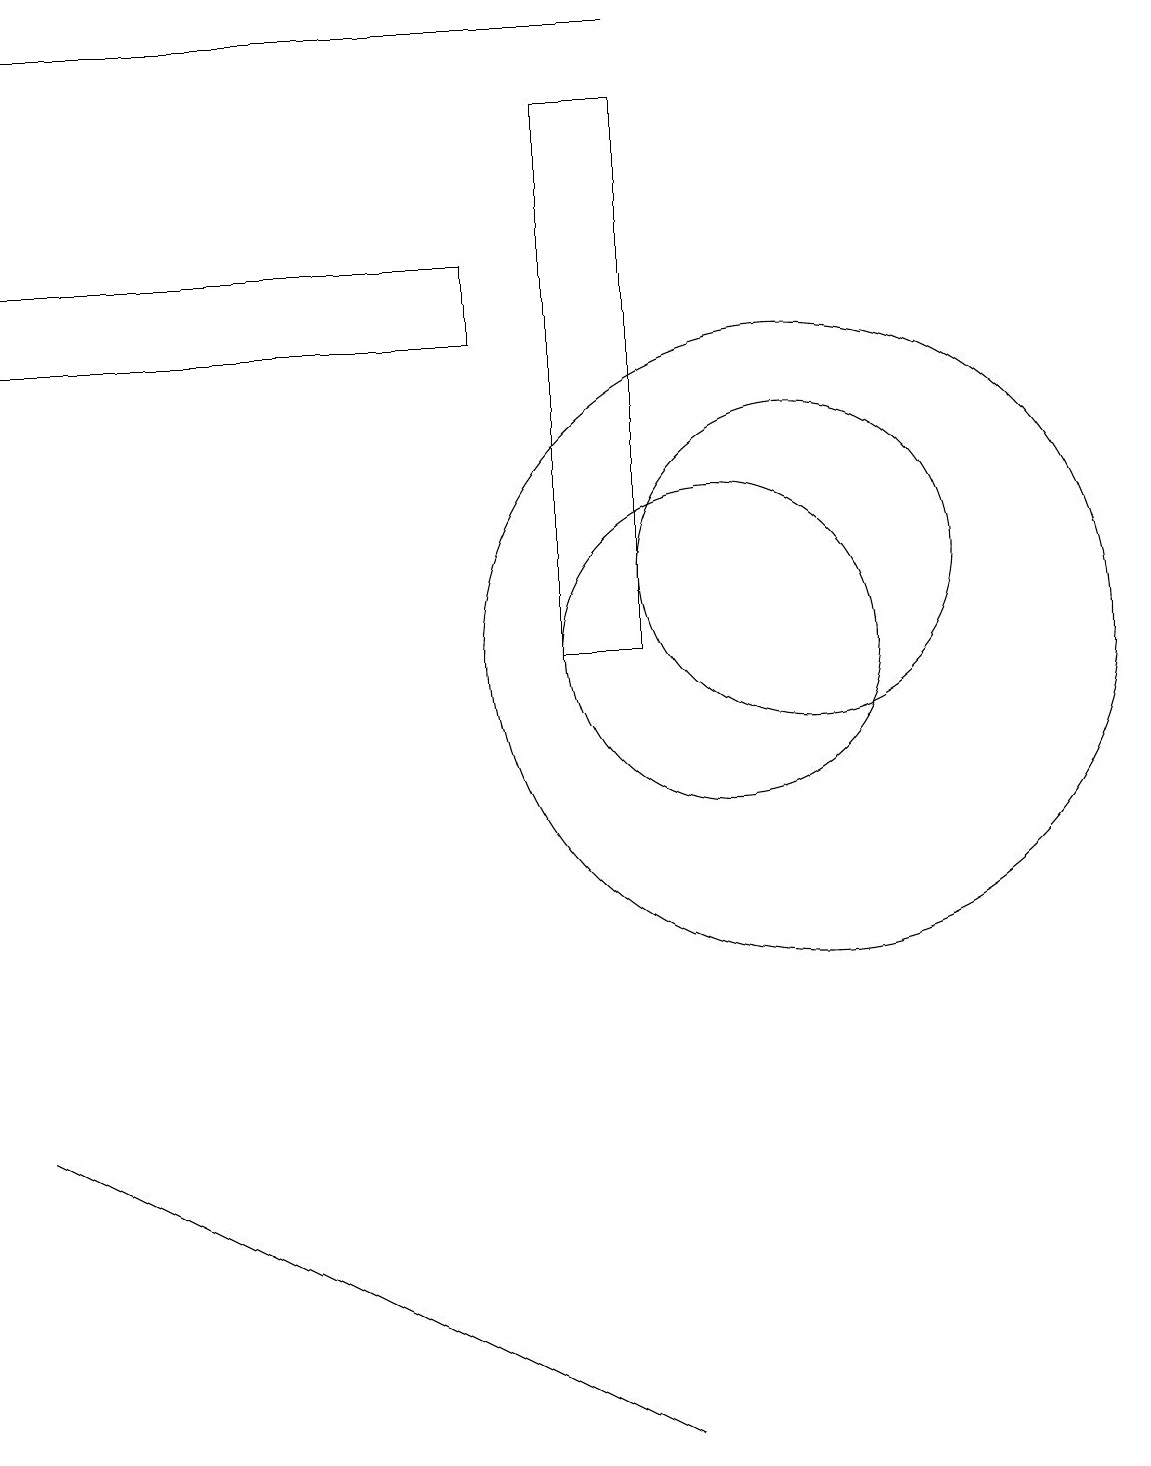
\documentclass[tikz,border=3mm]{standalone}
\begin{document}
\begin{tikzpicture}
\draw (1,18) rectangle (9,18);
\draw (10,10) circle (2);
\draw (11,10) circle (4);
\draw (7,15) rectangle (1,14);
\draw (9,0) -- (5,2) -- (1,4) -- cycle;
\draw (11,11) circle (2);
\draw (9,10) rectangle (8,17);
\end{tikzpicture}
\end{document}